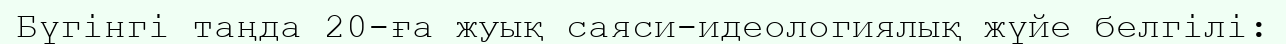
Бүгінгі таңда 20-ға жуық саяси-идеологиялық жүйе белгілі: